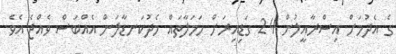
ގެ އެދުމަށް އިސްރާއީލުން 24 ގަޑިއިރަށް ހަމަލާތައް މެދުކަނޑާލަން އެއްބަސް ވެއްޖެ އެވެ.